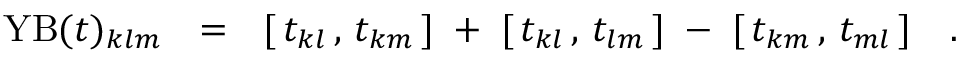
\mathrm { Y B } ( t ) _ { k l m } ~ ~ = ~ ~ [ \, t _ { k l } \, , \, t _ { k m } \, ] \; + \; [ \, t _ { k l } \, , \, t _ { l m } \, ] \; - \; [ \, t _ { k m } \, , \, t _ { m l } \, ] ~ ~ ~ .